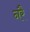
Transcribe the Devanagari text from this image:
नरै